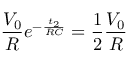
\frac { V _ { 0 } } { R } e ^ { - \frac { t _ { 2 } } { R C } } = \frac { 1 } { 2 } \frac { V _ { 0 } } { R }